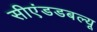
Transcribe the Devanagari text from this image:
सीएंडडबल्यू